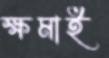
ক্ষমাই